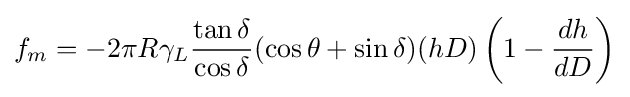
f_{m}=-2\pi R\gamma _{L}{\frac {\tan \delta }{\cos \delta }}(\cos \theta +\sin \delta )(hD)\left(1-{\frac {dh}{dD}}\right)